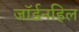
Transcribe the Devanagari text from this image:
जॉर्डनहिल